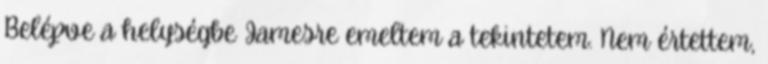
Belépve a helységbe Jamesre emeltem a tekintetem. Nem értettem,